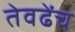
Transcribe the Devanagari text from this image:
तेवढेंच